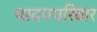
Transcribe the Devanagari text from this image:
पादपपरिवार